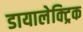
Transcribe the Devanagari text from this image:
डायालेक्ट्रिक